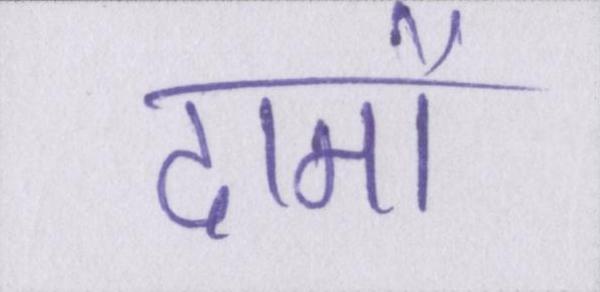
दामों